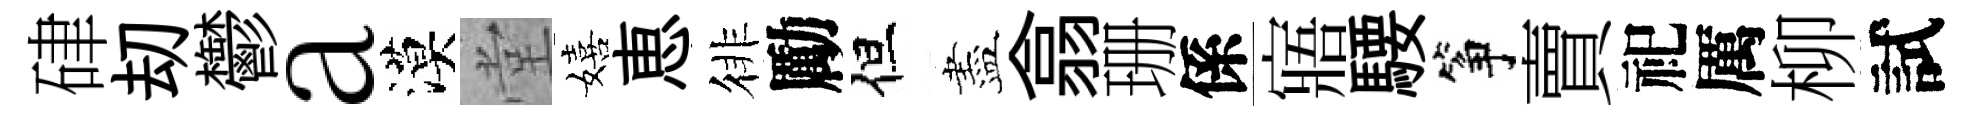
硉刧鬱a漠堂嬉恵徘勵但盡翕珊係寤騕筝賣祀厲柳試